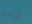
أفلحت